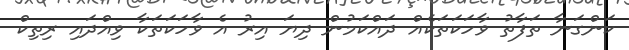
ކަންގަނާ ތަފާތު ވާހަކަތަކެއް ދައްކަމުން ދިޔަ އިރު އެ ވާހަކަތަކާ ވިއްދައި ރިތިކް